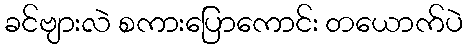
ခင်ဗျားလဲ စကားပြောကောင်း တယောက်ပဲ